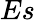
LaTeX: Es